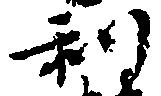
利